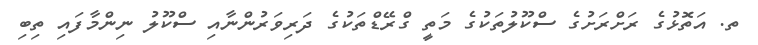
ތ. އަތޮޅުގެ ރަށްރަށުގެ ސްކޫލުތަކުގެ މަތީ ގްރޭޑްތަކުގެ ދަރިވަރުންނާއި ސްކޫލު ނިންމާފައި ތިބި